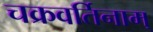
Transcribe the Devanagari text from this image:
चक्रवर्तिनाम्